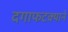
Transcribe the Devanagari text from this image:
दगाफटक्याने